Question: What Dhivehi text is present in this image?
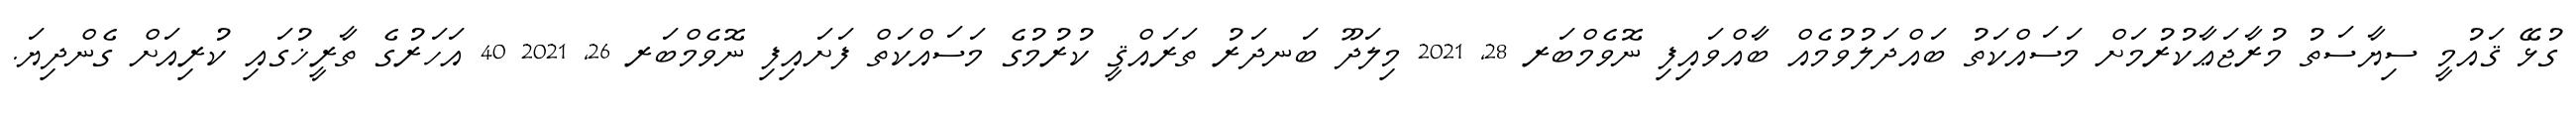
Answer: ގުޅޭ ޤައުމީ ސިޔާސަތު މުރާޖަޢާކުރުމަށް މަސައްކަތު ބައްދަލުވުމެއް ބާއްވައިފި ނޮވެމްބަރ 28, 2021 މިލަދޫ ބަނދަރު ތަރައްޤީ ކުރުމުގެ މަސައްކަތް ފަށައިފި ނޮވެމްބަރ 26, 2021 40 އަހަރުގެ ތާރީޚުގައި ކުރިއަށް ގެންދިޔަ.